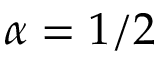
\alpha = 1 / 2